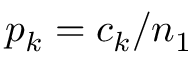
p _ { k } = c _ { k } / n _ { 1 }